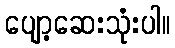
ပျော့ဆေးသုံးပါ။